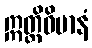
ဣတ္ထိဝိမာနံ